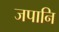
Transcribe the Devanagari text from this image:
जपानि